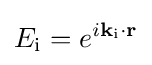
E_{\text{i}}=e^{i\mathbf {k} _{\text{i}}\mathbf {\cdot r} }